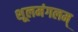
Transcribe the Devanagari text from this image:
शूलमंगलम्‌